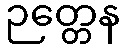
ဉတ္တေန